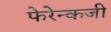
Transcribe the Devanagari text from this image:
फेरेन्कजी